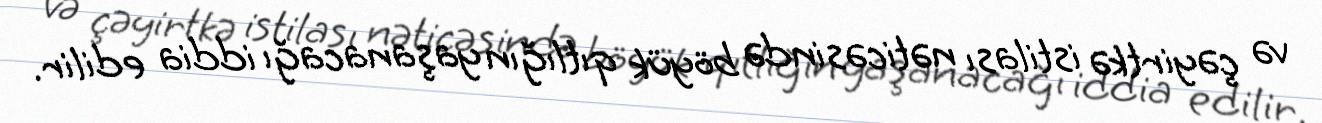
və çəyirtkə istilası nəticəsində böyük qıtlığın yaşanacağı iddia edilir.